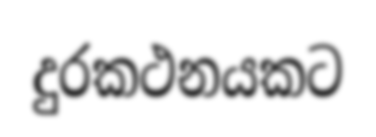
දුරකථනයකට